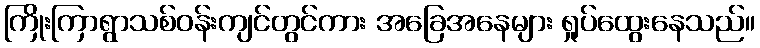
ကြိုးကြာရွာသစ်ဝန်းကျင်တွင်ကား အခြေအနေများ ရှုပ်ထွေးနေသည်။